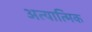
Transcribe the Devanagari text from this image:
अत्यात्मिक